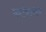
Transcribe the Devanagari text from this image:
कर्तव्यभाव